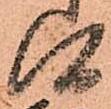
候